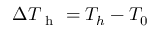
\Delta T _ { \mathrm { ~ h ~ } } = T _ { h } - T _ { 0 }